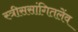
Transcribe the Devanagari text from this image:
स्त्रीससांगितलेंव